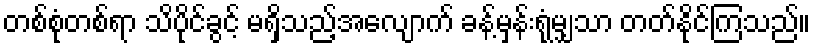
တစ်စုံတစ်ရာ သိပိုင်ခွင့် မရှိသည့်အလျောက် ခန့်မှန်းရုံမျှသာ တတ်နိုင်ကြသည်။